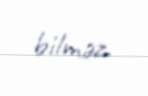
bilməz.